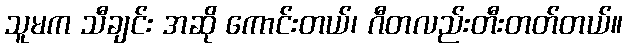
သူမက သီချင်း အဆို ကောင်းတယ်၊ ဂီတလည်းတီးတတ်တယ်။